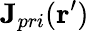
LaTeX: \mathbf{J}_{pri}(\mathbf{r}^{\prime})